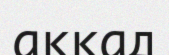
аккад